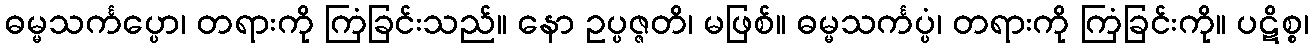
ဓမ္မသင်္ကပ္ပော၊ တရားကို ကြံခြင်းသည်။ နော ဥပ္ပဇ္ဇတိ၊ မဖြစ်။ ဓမ္မသင်္ကပ္ပံ၊ တရားကို ကြံခြင်းကို။ ပဋိစ္စ၊